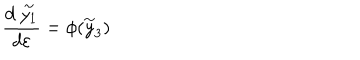
\frac { d \stackrel { \sim } { y _ { 1 } } } { d \varepsilon } = \phi ( \stackrel { \sim } { y } _ { 3 } )